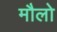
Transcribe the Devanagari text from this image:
मौलो